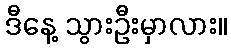
ဒီနေ့ သွားဦးမှာလား။